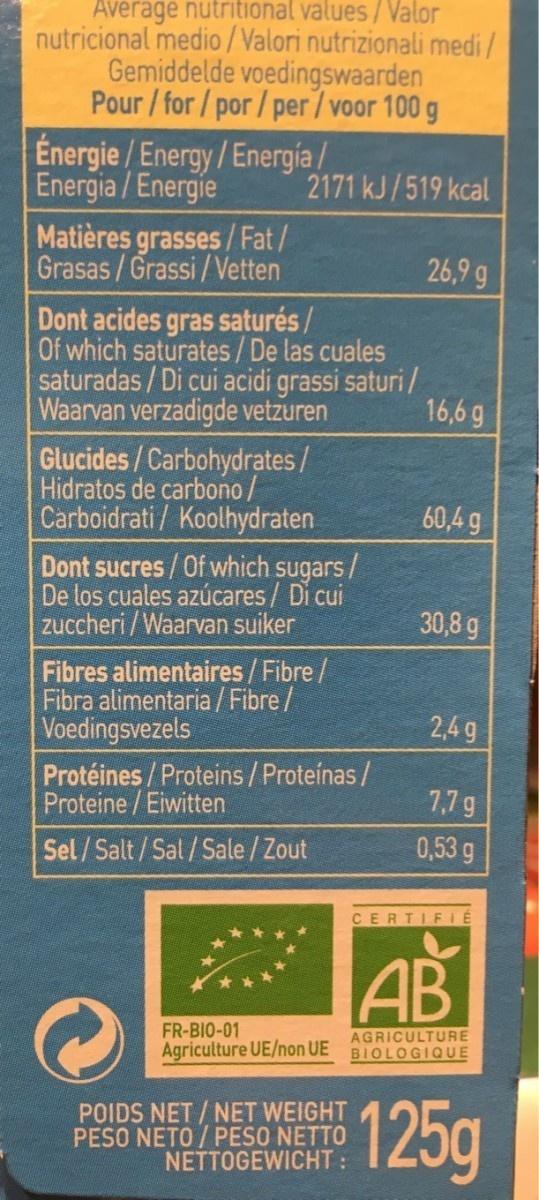
Average nutritional values/ Valor nutricional medio/Valori nutrizionali medi/ Gemiddelde voedingswaarden Pour/for /por / per/ voor 100 g
Energie/Energy/Energia / Energia/Energie Matières grasses/ Fat/ Grasas/Grassi/Vetten
2171 kJ/519 kcal
26,9 g
Dont acides gras saturés/ Of which saturates/De las cuales saturadas / Di cui acidi grassi saturi / Waarvan verzadigde vetzuren
16,6 g
Glucides/Carbohydrates/ Hidratos de carbono/ Carboidrati/ Koolhydraten
60,4 g
Dont sucres/Of which sugars/ De los cuales azúcares/ Di cui zuccheri /Waarvan suiker
30,8 g
Fibres alimentaires/Fibre/ Fibra alimentaria / Fibre / Voedingsvezels Protéines/Proteins /Proteínas / Proteine/Eiwitten
2,4 g
7,7 g
Sel/Salt/Sal/Sale / Zout
0,53 g
CERTIFIE
AB
FR-BIO-01 Agriculture UE/non UE BIOLOGIQUE
AGRICULTURE
POIDS NET/NET WEIGHT PESO NETO/ PESO NETTO NETTOGEWICHT:
125g